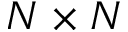
N \times N